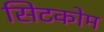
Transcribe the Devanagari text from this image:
सिटकोम